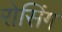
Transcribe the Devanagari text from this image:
रोसिंग